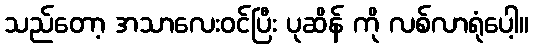
သည်တော့ အသာလေးဝင်ပြီး ပုဆိန် ကို လစ်လာရုံပေါ့။